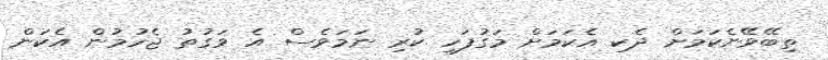
ތިބޭވޭނެކަމަށް ދެކި އެކަމަށް މަގުފަހި ކުރި ނަމަވެސް އެ ވަގުތު ޖެހުމުން އެކަން